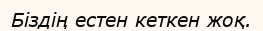
Біздің естен кеткен жоқ.